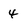
Character: 4